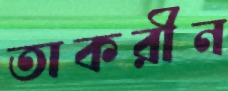
তাকরীন